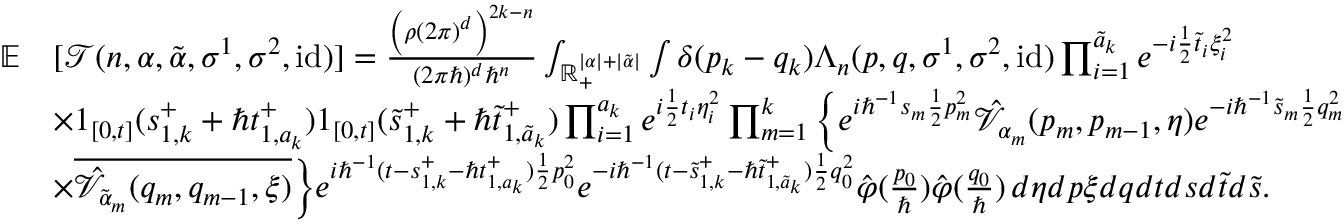
\begin{array} { r l } { \mathbb { E } } & { [ \mathcal { T } ( n , \alpha , \tilde { \alpha } , \sigma ^ { 1 } , \sigma ^ { 2 } , \mathrm { i d } ) ] = \frac { \left( \rho ( 2 \pi ) ^ { d } \right) ^ { 2 k - n } } { ( 2 \pi \hbar ) ^ { d } \hbar ^ { n } } \int _ { \mathbb { R } _ { + } ^ { | \alpha | + | \tilde { \alpha } | } } \int \delta ( p _ { k } - q _ { k } ) \Lambda _ { n } ( \boldsymbol { p } , \boldsymbol { q } , \sigma ^ { 1 } , \sigma ^ { 2 } , \mathrm { i d } ) \prod _ { i = 1 } ^ { \tilde { a } _ { k } } e ^ { - i \frac { 1 } { 2 } \tilde { t } _ { i } \xi _ { i } ^ { 2 } } } \\ & { \times \boldsymbol { 1 } _ { [ 0 , t ] } ( \boldsymbol { s } _ { 1 , k } ^ { + } + \hbar \boldsymbol { t } _ { 1 , a _ { k } } ^ { + } ) \boldsymbol { 1 } _ { [ 0 , t ] } ( \boldsymbol { \tilde { s } } _ { 1 , k } ^ { + } + \hbar \boldsymbol { \tilde { t } } _ { 1 , \tilde { a } _ { k } } ^ { + } ) \prod _ { i = 1 } ^ { a _ { k } } e ^ { i \frac { 1 } { 2 } t _ { i } \eta _ { i } ^ { 2 } } \prod _ { m = 1 } ^ { k } \Big \{ e ^ { i \hbar ^ { - 1 } s _ { m } \frac { 1 } { 2 } p _ { m } ^ { 2 } } \hat { \mathcal { V } } _ { \alpha _ { m } } ( p _ { m } , p _ { m - 1 } , \boldsymbol { \eta } ) e ^ { - i \hbar ^ { - 1 } \tilde { s } _ { m } \frac { 1 } { 2 } q _ { m } ^ { 2 } } } \\ & { \times \overline { { \hat { \mathcal { V } } _ { \tilde { \alpha } _ { m } } ( q _ { m } , q _ { m - 1 } , \boldsymbol { \xi } ) } } \Big \} e ^ { i \hbar ^ { - 1 } ( t - \boldsymbol { s } _ { 1 , k } ^ { + } - \hbar \boldsymbol { t } _ { 1 , a _ { k } } ^ { + } ) \frac { 1 } { 2 } p _ { 0 } ^ { 2 } } e ^ { - i \hbar ^ { - 1 } ( t - \boldsymbol { \tilde { s } } _ { 1 , k } ^ { + } - \hbar \boldsymbol { \tilde { t } } _ { 1 , \tilde { a } _ { k } } ^ { + } ) \frac { 1 } { 2 } q _ { 0 } ^ { 2 } } \hat { \varphi } ( \frac { p _ { 0 } } { \hbar } ) \hat { \varphi } ( \frac { q _ { 0 } } { \hbar } ) \, d \boldsymbol { \eta } d \boldsymbol { p } \boldsymbol { \xi } d \boldsymbol { q } d \boldsymbol { t } d \boldsymbol { s } d \boldsymbol { \tilde { t } } d \boldsymbol { \tilde { s } } . } \end{array}